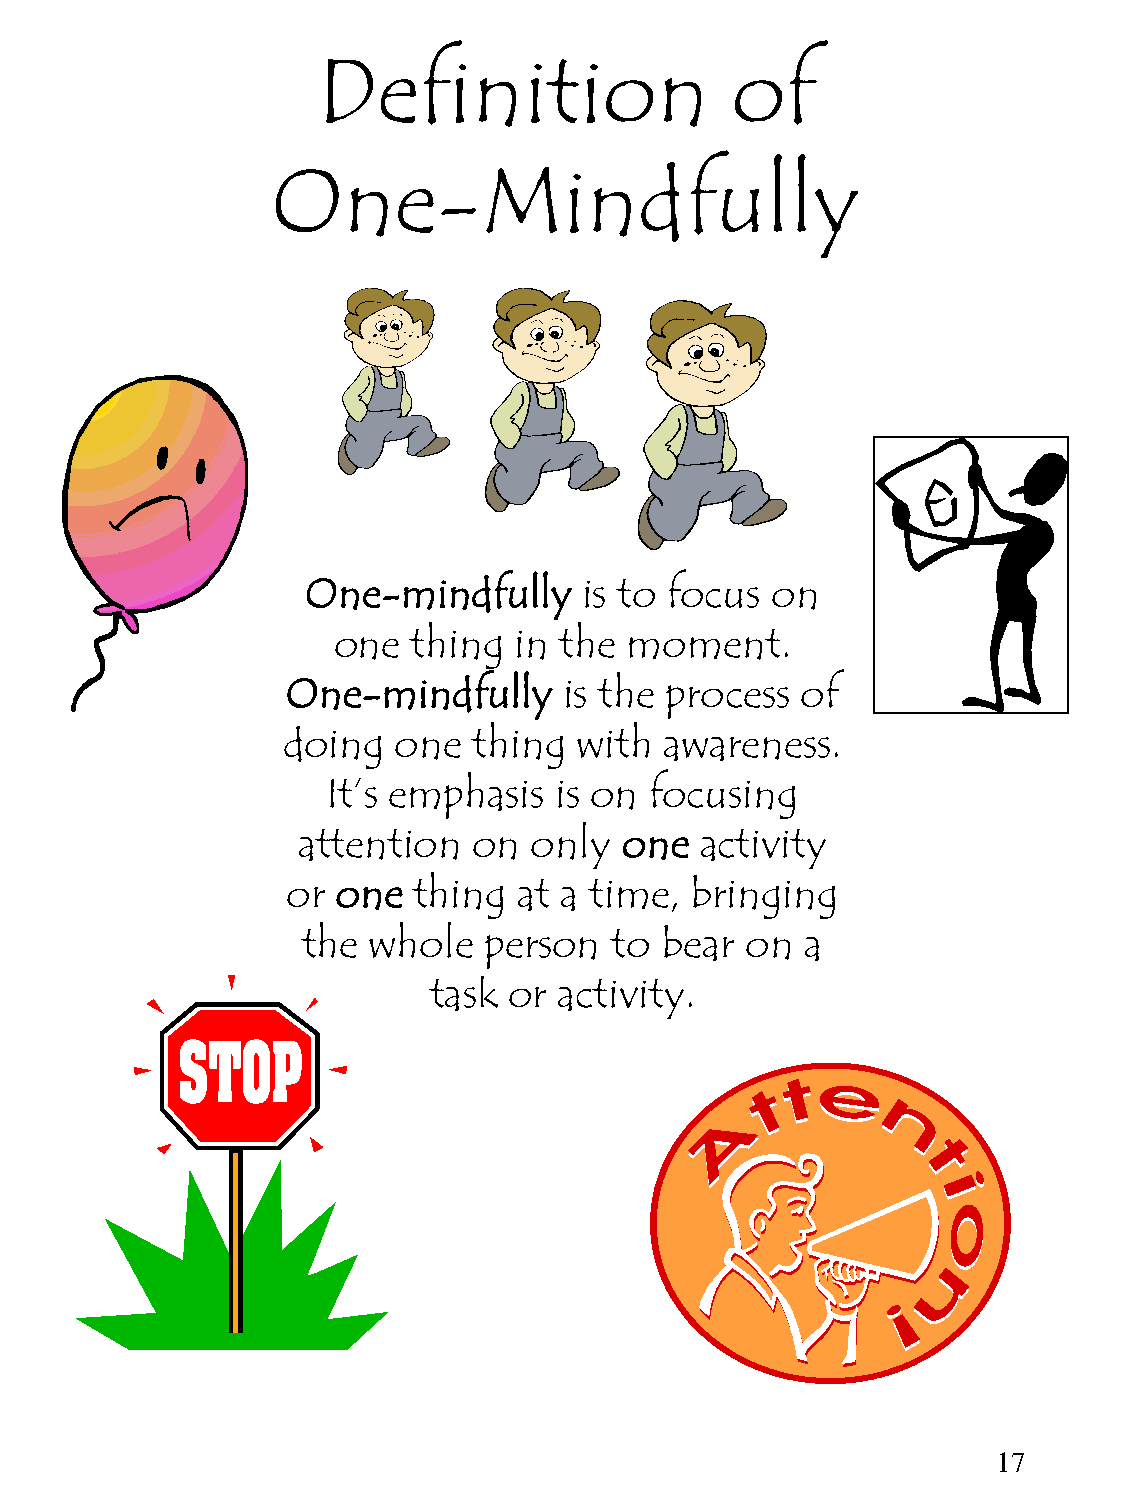
Definition                 of
 One-Mindfully
 One-mindfully      is to focus on
 one  thing  in the moment.
 One-mindfully     is the process  of
 doing  one  thing  with  awareness.
 It’s emphasis  is on focusing
 attention  on  only  one  activity
 or one  thing  at a time,  bringing
 the whole   person  to  bear on  a
 task  or activity.
 17